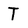
Character: T